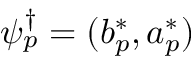
\psi _ { p } ^ { \dagger } = ( b _ { p } ^ { * } , a _ { p } ^ { * } )